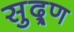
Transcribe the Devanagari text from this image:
सुद्र्ण